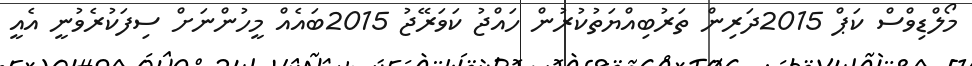
މޯލްޑިވްސް ކަޕް 2015ދަރިން ތަރުބިއްޔަތުކުރުން ހައްޖު ކަވަރޭޖު 2015ބައެއް މީހުންނަށް ސިފަކުރެވުނީ އެއީ